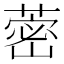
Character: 蔤